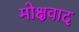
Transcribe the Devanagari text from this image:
मोक्षवाद